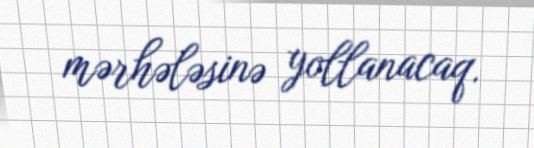
mərhələsinə yollanacaq.